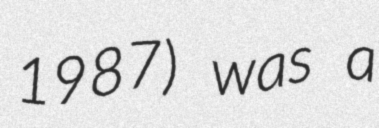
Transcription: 1987) was a